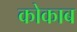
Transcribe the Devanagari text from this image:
कोकाब